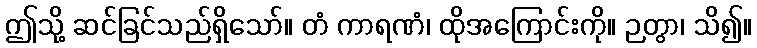
ဤသို့ ဆင်ခြင်သည်ရှိသော်။ တံ ကာရဏံ၊ ထိုအကြောင်းကို။ ဉတွာ၊ သိ၍။